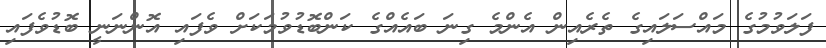
ފަލަވުމުގެ މައްސަލައިގެ ތެރެއިން އެންމެ ގިނަ ބައެއްގެ ކަންބޮޑުވުމަކަށް ވެފައި އޮންނަނީ ބޮޑުވެފައި